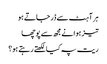
ہر آہٹ سے ڈر جاتے ہو
تیز ہوا نے مجھ سے پوچھا
ریت پہ کیا لکھتے رہتے ہو؟